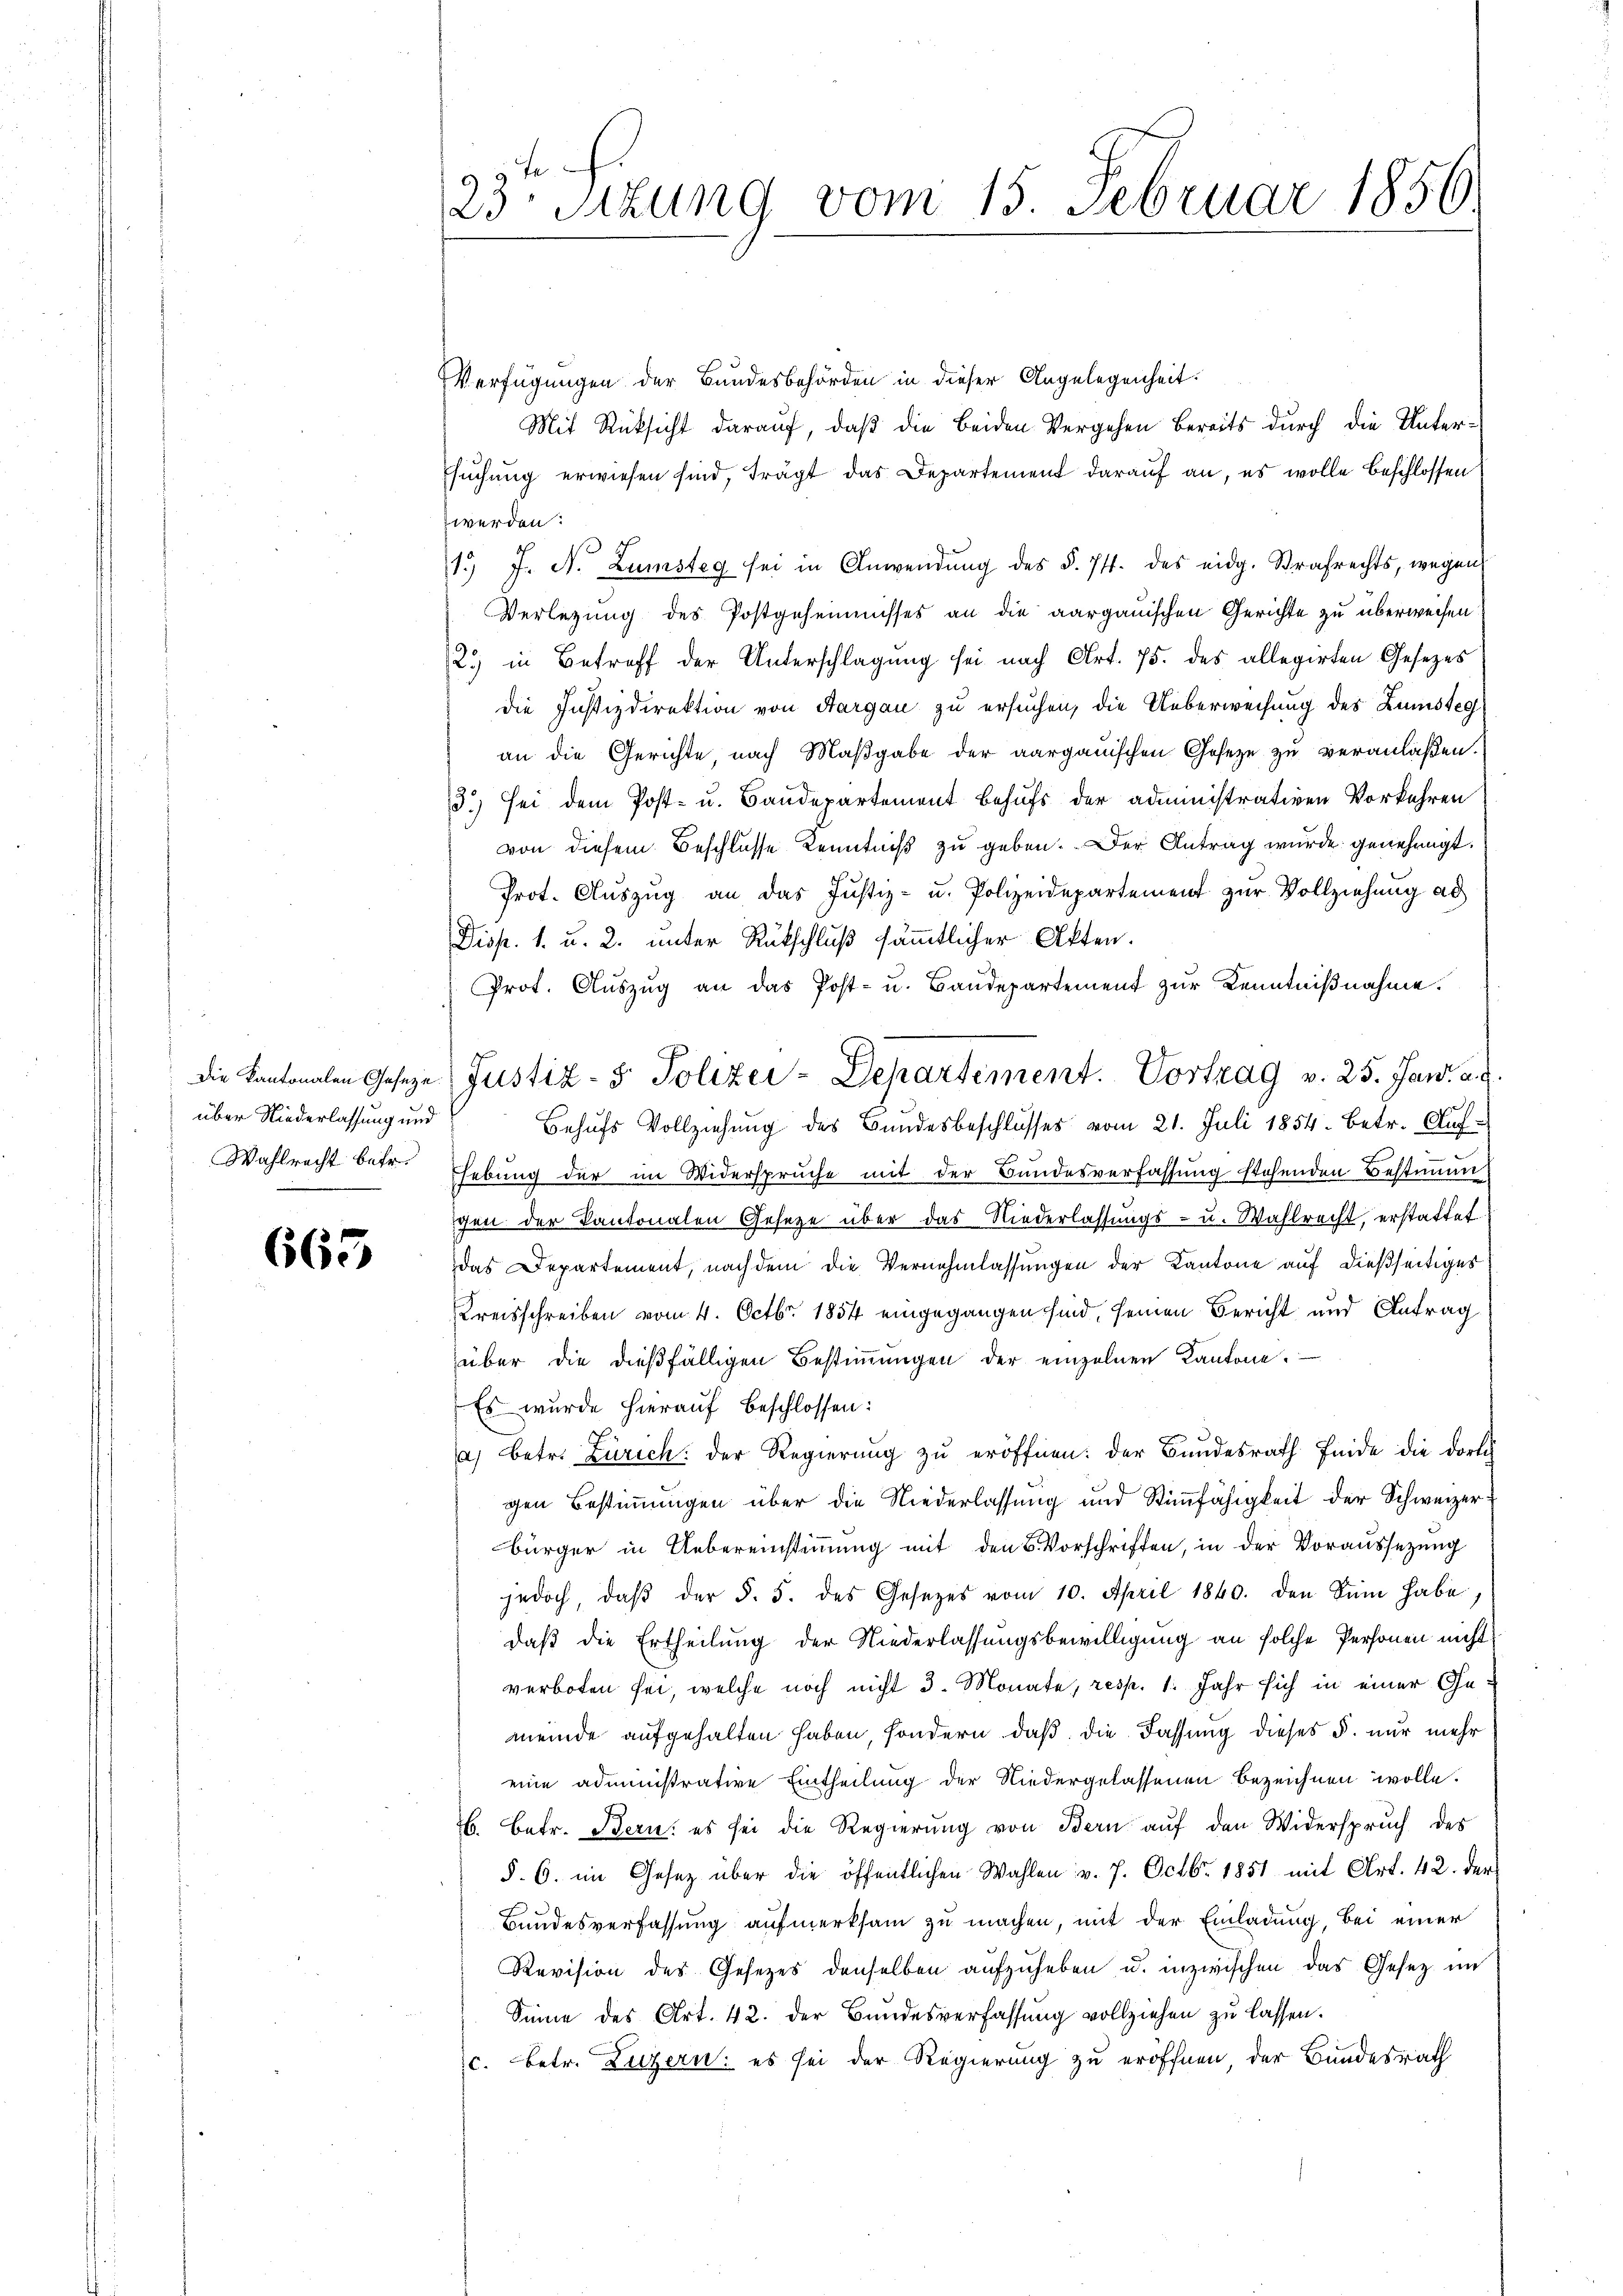
über Niederlassung und
Wahlrecht betr.

665

23te Sitzung vom 15. Februar 1856.

Verfügungen der Bundesbehörden in dieser Angelegenheit.
Mit Rücksicht darauf, daß die beiden Vergehen Bereits durch die Untersuchung erwiesen sind, trägt das Departement darauf an, es wolle beschlossen
werden:
1 J. N. Zamsteg sei in Anwendŭng des §. 74. des eidg. Strafrechts, wegen
Verlegung des Postgeheimnisses an die aargauischen Gerichte zu überweisen
2.) in Betreff der Unterschlagung sei nach Art. 75. des allegirten Gesetzes
die Justizdirektion von Aargau zu ersuchen, die Ueberweisung des Zunsteg
an die Gerichte, nach Maßgabe der aargauischen Geseze zu veranlaßen.
3.) Sei dem Post- u. Bandepartement Behufs der administrativen Vorkehren
von diesem Beschlusse Kenntniß zu geben. Der Antrag wurde genehmigt.
Prot. Aŭszŭg an das Justiz- u. Polizeidepartement zŭr Vollziehŭng ad
Disp. 1. u. 2. unter Rükschluß sämmtlicher Akten.
Prot. Auszug an das Post- u. Baudepartement zur Kenntnißnahme.
Behufs Vollziehung des Bundesbeschlusses vom 21. Juli 1854. betr. Auf¬
Ehebung der im Widerspruche mit der Bundesverfassung stehenden Bestimmgen der Kantonalen Gesetze über das Niederlassungs- u. Wahlrecht, erstattet
das Departement, nachdem die Vernehmlassungen der Kantone auf dießseitiges
Kreisschreiben vom 4. Octbr. 1854 eingegangen sind, seinen Bericht und Antrag
über die dießfälligen Bestimmungen der einzelnen Kantone.
Es wurde hierauf beschlossen:
a) betr. Zürich: der Regierung zu eröffnen: der Bundesrath finde die dorth
gen Bestimmungen über die Niederlassung und Stimmfähigkeit der Schweizerbürger in Uebereinstimmung mit den 5 Vorschriften, in der Voraussezung
jedoch, daβ der §. 5. des Gesetzes vom 10. April 1840. Den Sei habe,
daß die Ertheilung der Niederlassungsbewilligung an solche Personen nicht
verboten sei, welche noch nicht 3. Monate, resp. 1. Jahr sich in einer Gemeinde aufgehalten haben, sondern, daß die Fassung dieses §. nur mehr
eine administrative Eintheilung der Niedergelassenen bezeichnen wolle.
B. Betr. Bern: es sei die Regierung von Bern aŭf den Widerspruch des
§. 6. im Gesetz über die öffentlichen Wahlen v. 7. Octbr. 1851 mit Art. 42. der
Bundesverfassung aufmerksam zu machen, mit der Einladung, bei einer
Revision des Gesetzes denselben aufzuheben u. inzwischen das Gesetz im
Sinne des Art. 42. der Bundesverfassung vollziehen zu lassen.
c. betr. Luzern: es sei der Regierung zu eröffnen, der Bundesrath

die Kantonalen Gesetze Justiz- & Polizei-Departement. Vortrag v. 25. Jan. a. g.